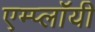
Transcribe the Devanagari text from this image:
एम्प्लॉयी